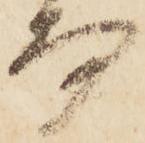
而